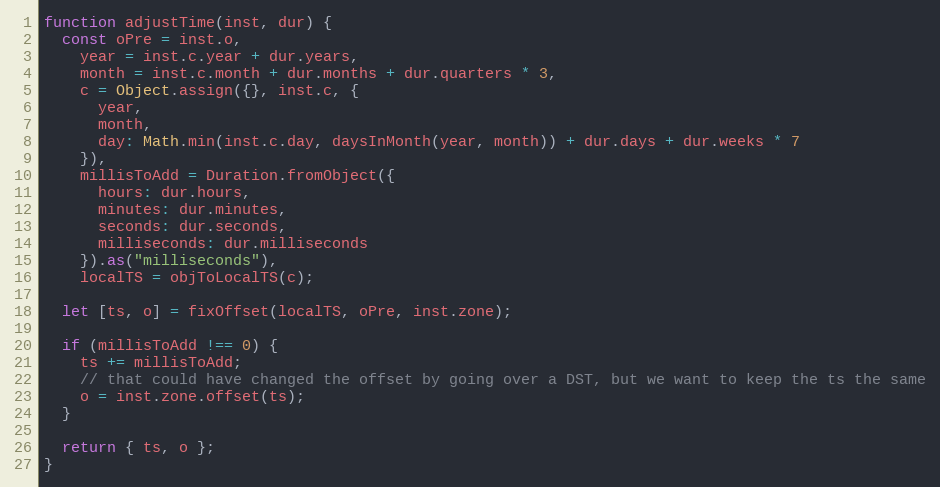
Language: JavaScript
function adjustTime(inst, dur) {
  const oPre = inst.o,
    year = inst.c.year + dur.years,
    month = inst.c.month + dur.months + dur.quarters * 3,
    c = Object.assign({}, inst.c, {
      year,
      month,
      day: Math.min(inst.c.day, daysInMonth(year, month)) + dur.days + dur.weeks * 7
    }),
    millisToAdd = Duration.fromObject({
      hours: dur.hours,
      minutes: dur.minutes,
      seconds: dur.seconds,
      milliseconds: dur.milliseconds
    }).as("milliseconds"),
    localTS = objToLocalTS(c);

  let [ts, o] = fixOffset(localTS, oPre, inst.zone);

  if (millisToAdd !== 0) {
    ts += millisToAdd;
    // that could have changed the offset by going over a DST, but we want to keep the ts the same
    o = inst.zone.offset(ts);
  }

  return { ts, o };
}